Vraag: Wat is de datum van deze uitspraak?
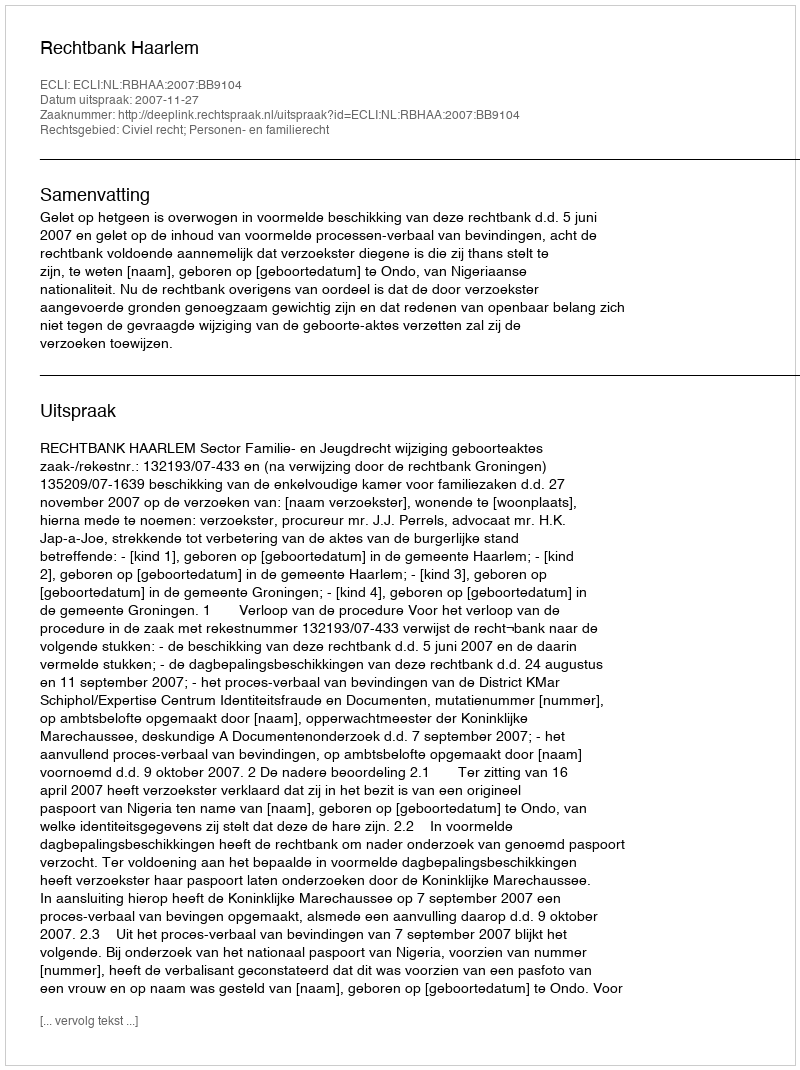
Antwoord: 2007-11-27